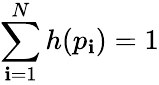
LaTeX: \sum_{\mathbf{i}=1}^{N}{h(p_{\mathbf{i}})}=1